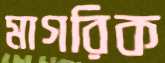
মাগরিক